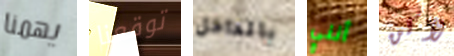
يهمنا توقعنا بالداخل أنني لأكن